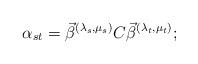
LaTeX: \begin{align*}\alpha_{st} = \vec\beta^{(\lambda_{s} , \mu_{s})} C \vec\beta^{(\lambda_{t}, \mu_{t})} ;\end{align*}